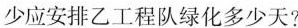
少应安排乙工程队绿化多少天?